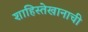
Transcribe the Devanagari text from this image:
शाहिस्तेखानाची